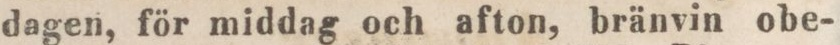
dagen, för middag och afton, bränvin obe-